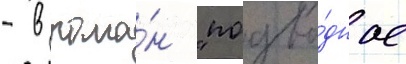
- в рома́н "подво́дное